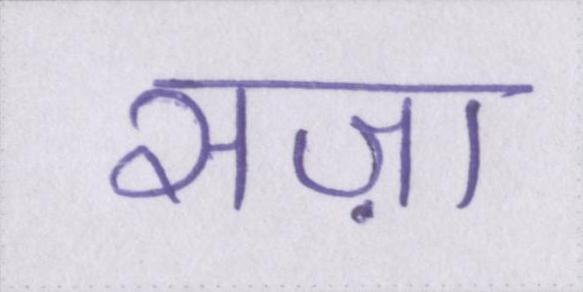
सज़ा